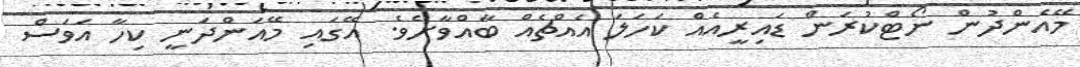
މޭއެންދުން ނޯޓްކުރަން ޑައިރީއެއް ކަހަލަ އެއްޗެއް ބާއްވާށެވެ. އޭގައި މޭއަންދަނީ ކިހާ އަވަސް